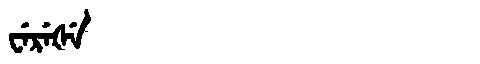
Manchu: ᠸᡝᡵᡝᡧᡝ
Romanization: WEREŠE